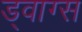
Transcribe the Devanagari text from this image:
ड्वाग्स